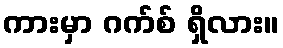
ကားမှာ ဂက်စ် ရှိလား။